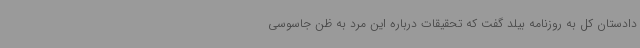
دادستان کل به روزنامه بیلد گفت که تحقیقات درباره این مرد به ظن جاسوسی